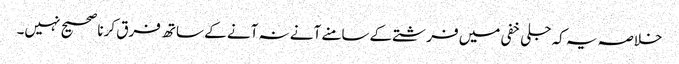
خلاصہ یہ کہ جلی خفی میں فرشتے کےسامنے آنے نہ آنے کے ساتھ فرق کرنا صحیح نہیں۔